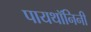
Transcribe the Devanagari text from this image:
पायथॉनिनी